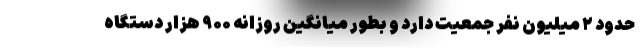
حدود ۲ میلیون نفر جمعیت دارد و بطور میانگین روزانه ۹۰۰ هزار دستگاه